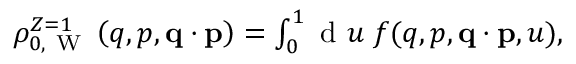
\begin{array} { r } { \rho _ { 0 , \mathrm { ~ W ~ } } ^ { Z = 1 } \left( q , p , \ensuremath { \mathbf { q } } \cdot \ensuremath { \mathbf { p } } \right) = \int _ { 0 } ^ { 1 } \ensuremath { \mathrm { ~ d ~ } } u \; f ( q , p , \ensuremath { \mathbf { q } } \cdot \ensuremath { \mathbf { p } } , u ) , } \end{array}